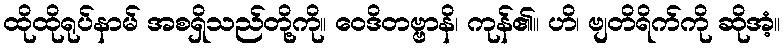
ထိုထိုရုပ်နာမ် အစရှိသည်တို့ကို။ ဝေဒိတဗ္ဗာနိ၊ ကုန်၏။ ဟိ၊ ဗျတိရိက်ကို ဆိုအံ့။